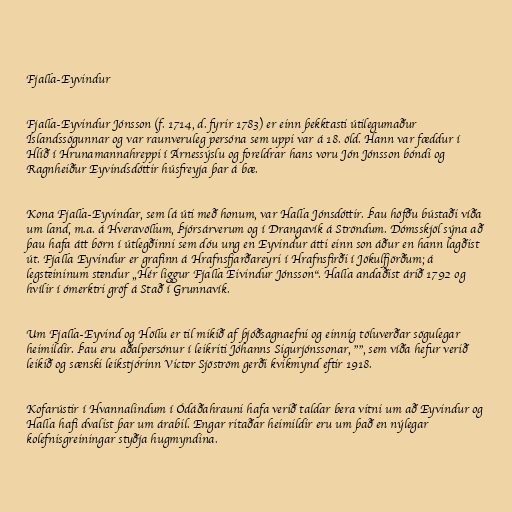
Fjalla-Eyvindur

Fjalla-Eyvindur Jónsson (f. 1714, d. fyrir 1783) er einn þekktasti útilegumaður
Íslandssögunnar og var raunveruleg persóna sem uppi var á 18. öld. Hann var fæddur í
Hlíð í Hrunamannahreppi í Árnessýslu og foreldrar hans voru Jón Jónsson bóndi og
Ragnheiður Eyvindsdóttir húsfreyja þar á bæ.

Kona Fjalla-Eyvindar, sem lá úti með honum, var Halla Jónsdóttir. Þau höfðu bústaði víða
um land, m.a. á Hveravöllum, Þjórsárverum og í Drangavík á Ströndum. Dómsskjöl sýna að
þau hafa átt börn í útlegðinni sem dóu ung en Eyvindur átti einn son áður en hann lagðist
út. Fjalla Eyvindur er grafinn á Hrafnsfjarðareyri í Hrafnsfirði í Jökulfjörðum; á
legsteininum stendur „Hér liggur Fjalla Eivindur Jónsson“. Halla andaðist árið 1792 og
hvílir í ómerktri gröf á Stað í Grunnavík.

Um Fjalla-Eyvind og Höllu er til mikið af þjóðsagnaefni og einnig töluverðar sögulegar
heimildir. Þau eru aðalpersónur í leikriti Jóhanns Sigurjónssonar, "", sem víða hefur verið
leikið og sænski leikstjórinn Victor Sjöström gerði kvikmynd eftir 1918.

Kofarústir í Hvannalindum í Ódáðahrauni hafa verið taldar bera vitni um að Eyvindur og
Halla hafi dvalist þar um árabil. Engar ritaðar heimildir eru um það en nýlegar
kolefnisgreiningar styðja hugmyndina.